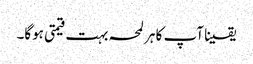
یقینا آپ کا ہر لمحہ بہت قیمتی ہوگا۔